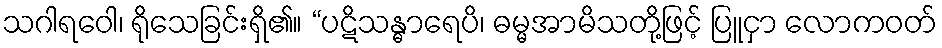
သဂါရဝေါ၊ ရိုသေခြင်းရှိ၏။ “ပဋိသန္ဓာရေပိ၊ ဓမ္မအာမိသတို့ဖြင့် ပြူငှာ လောကဝတ်